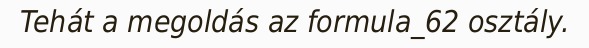
Tehát a megoldás az formula_62 osztály.